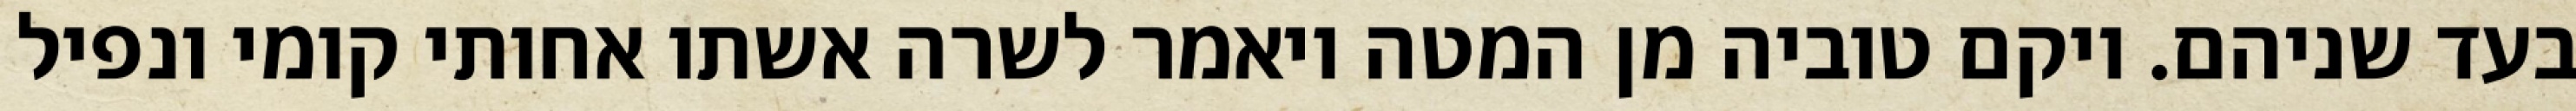
בעד שניהם. ויקם טוביה מן המטה ויאמר לשרה אשתו אחותי קומי ונפיל